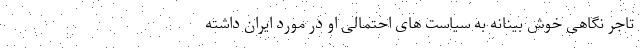
تاجر نگاهی خوش بینانه به سیاست های احتمالی او در مورد ایران داشته